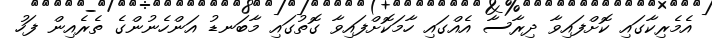
އެމެރިކާގައި ކޮށްފައިވާ ދިރާސާ އެއްގައި ހާމަކޮށްފައިވާ ގޮތުގައި މާބަނޑު އަންހެނުންގެ ތެރެއިން ފަހު